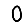
Digit: 0